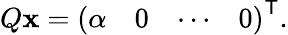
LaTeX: Q\mathbf{x}={\left(\begin{array}{llll}{\alpha}&{0}&{\cdots}&{0}\end{array}\right)}^{\textsf{T}}.